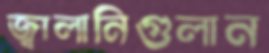
জ্বালানিগুলান